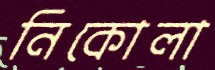
নিকোলা